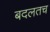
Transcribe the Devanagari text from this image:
बदलतच